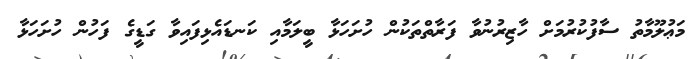
މަޢުލޫމާތު ސާފުކުރުމަށް ހާޒިރުނުވާ ފަރާތްތަކުން ހުށަހަޅާ ބީލަމާއި ކަނޑައެޅިފައިވާ ގަޑީގެ ފަހުން ހުށަހަޅާ